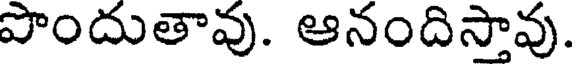
పొందుతావు. ఆనందిస్తావు.